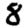
Digit: 8